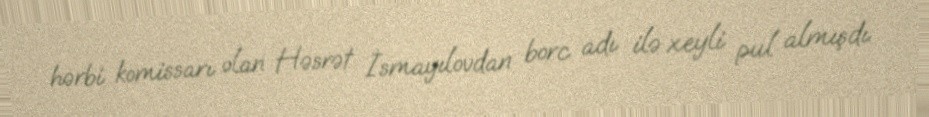
hərbi komissarı olan Həsrət İsmayılovdan borc adı ilə xeyli pul almışdı.